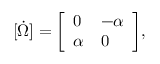
[ { \dot { \Omega } } ] = { \left[ \begin{array} { l l } { 0 } & { - \alpha } \\ { \alpha } & { 0 } \end{array} \right] } ,